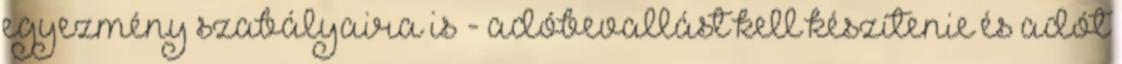
egyezmény szabályaira is - adóbevallást kell készítenie és adót